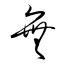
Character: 無